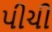
પીચી